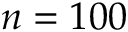
n = 1 0 0